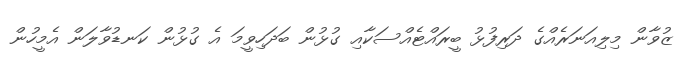
ޒުވާން މިލިއަނަރެއްގެ ދަރިފުޅު ބީރައްޓެއްސަކާއި ގުޅުން ބަދަހިވީމަ އެ ގުޅުން ކަނޑުވާލަން އެމީހުން